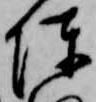
陳